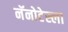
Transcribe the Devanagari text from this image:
नॅनोटेस्ला